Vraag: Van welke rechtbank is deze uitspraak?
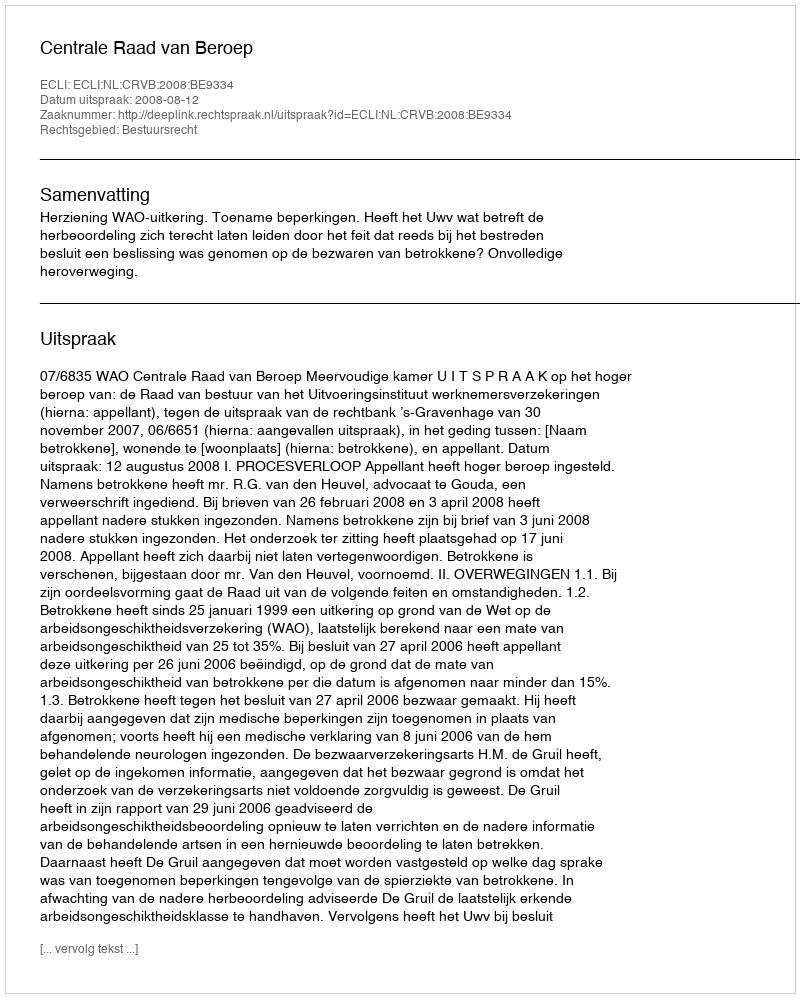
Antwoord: Centrale Raad van Beroep